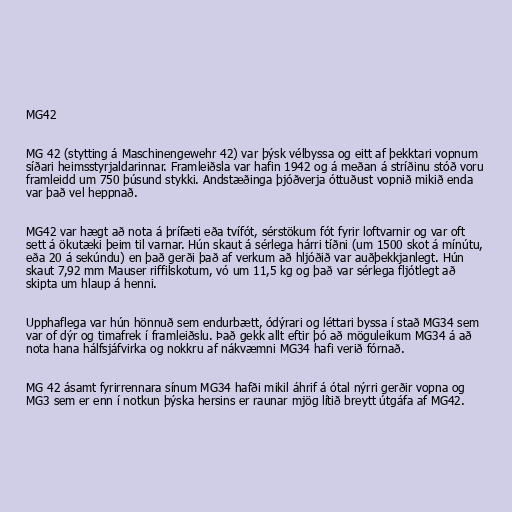
MG42

MG 42 (stytting á Maschinengewehr 42) var þýsk vélbyssa og eitt af þekktari vopnum
síðari heimsstyrjaldarinnar. Framleiðsla var hafin 1942 og á meðan á stríðinu stóð voru
framleidd um 750 þúsund stykki. Andstæðinga þjóðverja óttuðust vopnið mikið enda
var það vel heppnað.

MG42 var hægt að nota á þrífæti eða tvífót, sérstökum fót fyrir loftvarnir og var oft
sett á ökutæki þeim til varnar. Hún skaut á sérlega hárri tíðni (um 1500 skot á mínútu,
eða 20 á sekúndu) en það gerði það af verkum að hljóðið var auðþekkjanlegt. Hún
skaut 7,92 mm Mauser riffilskotum, vó um 11,5 kg og það var sérlega fljótlegt að
skipta um hlaup á henni.

Upphaflega var hún hönnuð sem endurbætt, ódýrari og léttari byssa í stað MG34 sem
var of dýr og timafrek í framleiðslu. Það gekk allt eftir þó að möguleikum MG34 á að
nota hana hálfsjáfvirka og nokkru af nákvæmni MG34 hafi verið fórnað.

MG 42 ásamt fyrirrennara sínum MG34 hafði mikil áhrif á ótal nýrri gerðir vopna og
MG3 sem er enn í notkun þýska hersins er raunar mjög lítið breytt útgáfa af MG42.